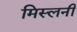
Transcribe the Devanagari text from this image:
मिस्लनी